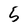
Character: 5